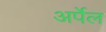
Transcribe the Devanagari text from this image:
अर्पेल